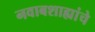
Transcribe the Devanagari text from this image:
नवाबशाह्यांचे